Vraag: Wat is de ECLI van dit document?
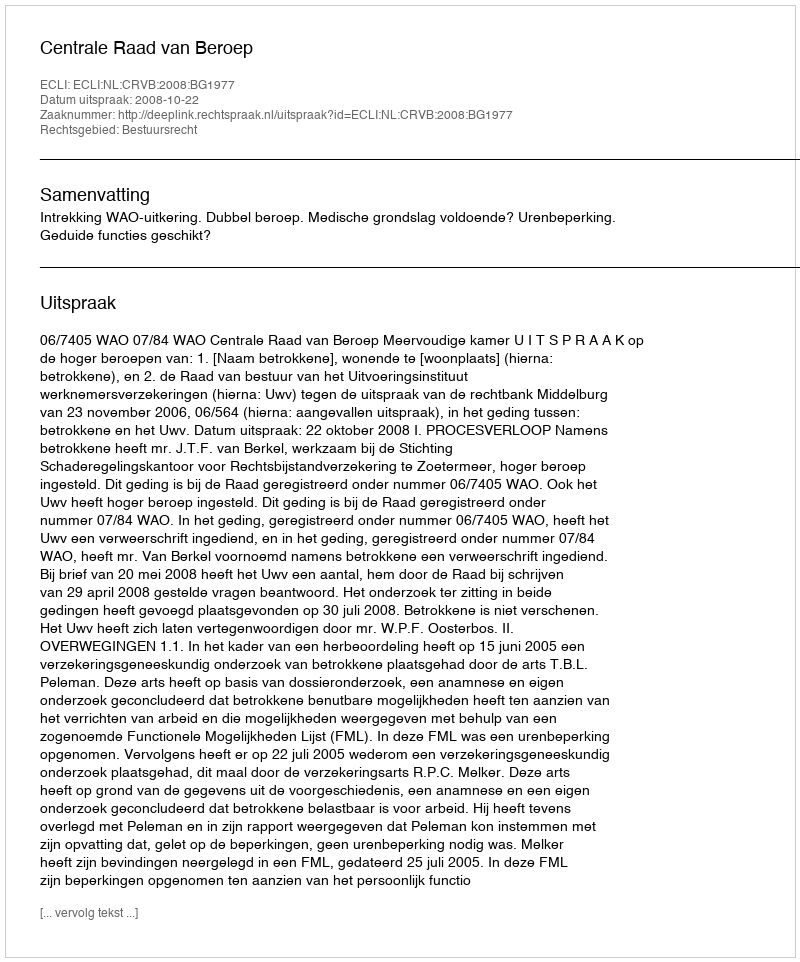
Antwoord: ECLI:NL:CRVB:2008:BG1977